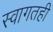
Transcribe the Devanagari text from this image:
स्वागतही